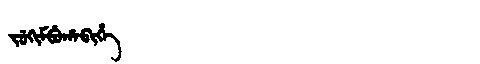
Manchu: ᠵᡠᡴᡳᠮᠪᡠᡥᠠᠪᡳᡥᡝ
Romanization: JUKIMBUHABIHE